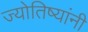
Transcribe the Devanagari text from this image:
ज्योतिष्यांनी